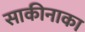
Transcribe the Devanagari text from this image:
साकीनाका